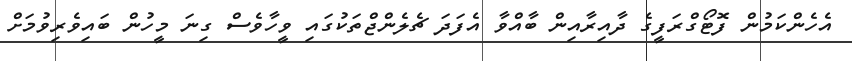
އެހެންކަމުން ފޮޓޯގްރަފީގެ ދާއިރާއިން ބާއްވާ އެފަދަ ޗެލެންޖްތަކުގައި ވީހާވެސް ގިނަ މީހުން ބައިވެރިވުމަށް